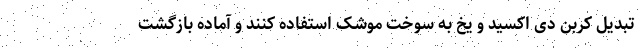
تبدیل کربن دی اکسید و یخ به سوخت موشک استفاده کنند و آماده بازگشت